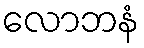
လောဘနံ